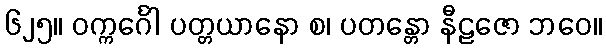
၆၂၅။ ဝက္ကင်္ဂေါ ပတ္တယာနော စ၊ ပတန္တော နီဠဇော ဘဝေ။